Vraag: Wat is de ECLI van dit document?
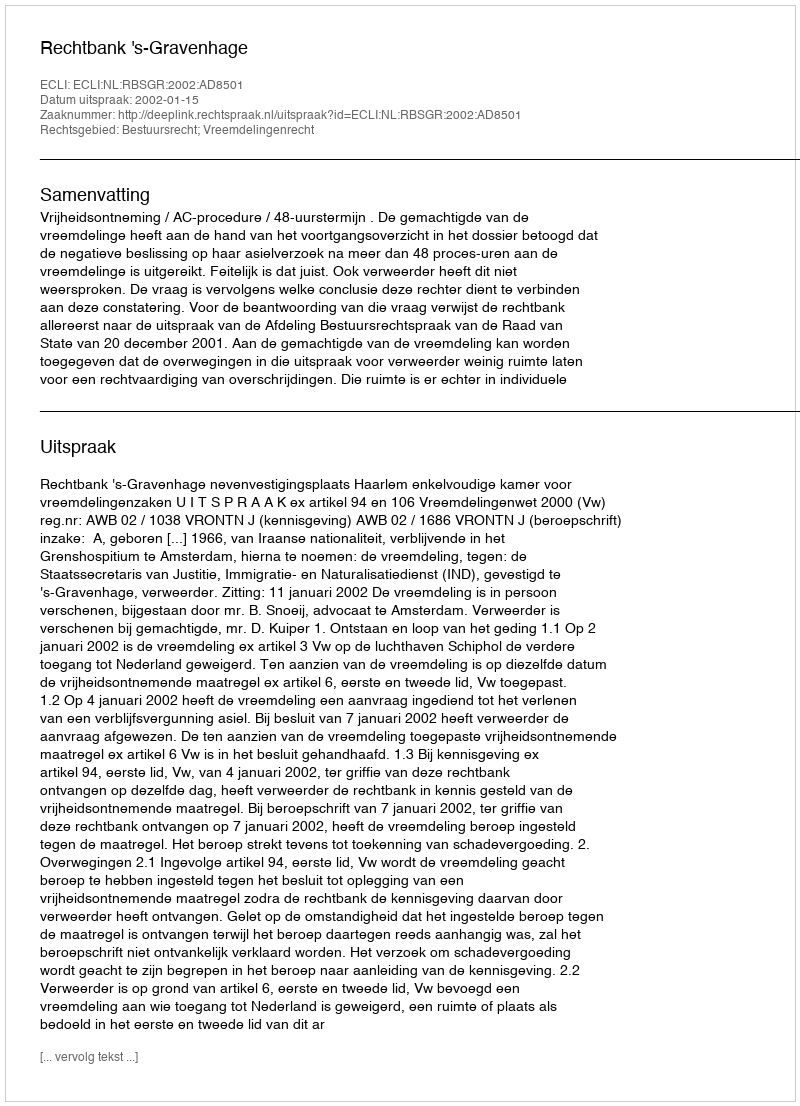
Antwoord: ECLI:NL:RBSGR:2002:AD8501